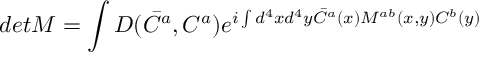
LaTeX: d e t M = \int D ( \bar { C } ^ { a } , C ^ { a } ) e ^ { i \int d ^ { 4 } x d ^ { 4 } y \bar { C } ^ { a } ( x ) M ^ { a b } ( x , y ) C ^ { b } ( y ) }